Report of the Indian Hemp Drugs Commission, 1894-1895 - Volume VII
Year: 1894
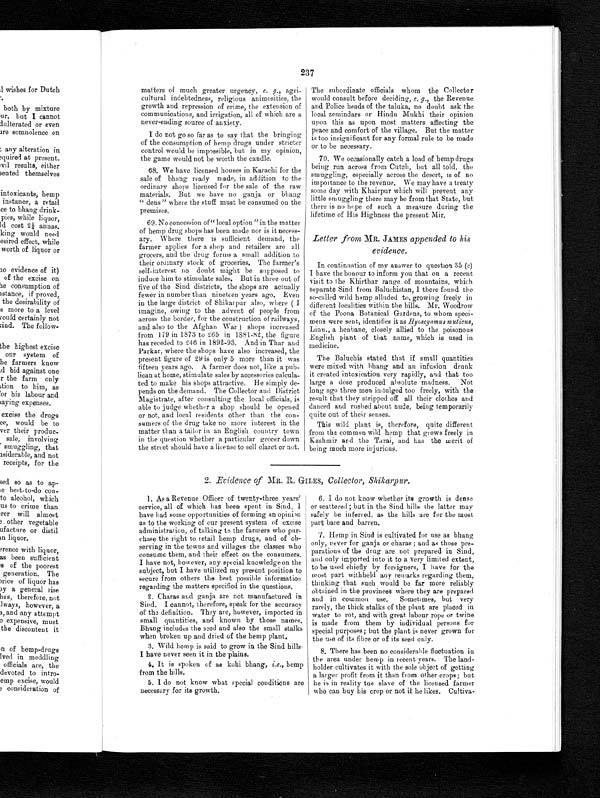
237
•
m a t t e r s o f m u c h g r e a t e r u r g e n c y e . g . , a g r i c u l t u r a l i n d e b t e d n e s s , r e l i g i o u s a n i m o s i t i e s , t h e
growth and repression of crime, the extension of
communications, and irrigation, all of which are a
never-ending source of anxiety.
I do not go so far as to say that the bringing
of the consumption of hemp drugs under stricter
control would be impossible, but in my opinion,
the game would not be worth the candle.
68. We have licensed houses in Karachi for the
sale of bhang ready made, in addition to the
ordinary shops licensed for the sale of the raw
materials. But we have no ganja or bhang
" dens" where the stuff must be consumed on the
premises.
69. No concession of" local option "in the matter
of hemp drug shops has been made nor is it necess-
ary. Where there is sufficient demand, the
farmer applies for a shop and retailers are all
grocers, and the drug forms a small addition to
their ordinary stock of groceries. The farmer's
self-interest no doubt might be supposed to
induce him to stimulate sales. But in three out of
five of the Sind districts, the shops are actually
fewer in number than nineteen years ago. Even
in the large district of Shikarpur also, where ( J
imagine, owing to the advent of people from
across the border, for the construction of railways,
and also to the Afghan War ) shops increased
from 179 in 1873 to 265 in 1881-82, the figure
has receded to 246 in 1892-93. And in Thar and
Parkar, where the shops have also increased, the
present figure of 29 is only 5 more than it was
fifteen years ago. A farmer does not, like a pub-
lican at home, stimulate sales by accessories calcula-
ted to make his shops attractive. He simply de-
pends on the demand. The Collector and District
Magistrate, after consulting the local officials, is
able to judge whether a shop should be opened
or not, and local residents other than the con-
sumers of the drug take no more interest in the
matter than a tailor in an English country town
in the question whether a particular grocer down
the street should have a license to sell claret or not.
The subordinate officials whom the Collector would consult before deciding, e. g., the Revenue
and Police beads of the taluka, no doubt ask the
local zemindars or Hindu Mukhi their opinion
upon this as upon most matters affecting the
peace and comfort of the village. But the matter
is too insignificant for any formal rule to be made
or to be necessary.
70. We occasionally catch a load of hemp drugs
being run across from Cutch, but all told, the
smuggling, especially across the desert, is of no
importance to the revenue. We may have a treaty
some day with Khairpur which will prevent any
little smuggling there may be from that State, but
there is no hope of such a measure during the
lifetime of His Highness the present Mir.
Letter from MR. JAMES appended to his
evidence.
In continuation of my answer to question 35 (c)
I have the honour to inform you that on a recent
v isit to the Khirthar range of mountains, which
separate Sind from Baluchistan, I there found the
so-called wild hemp alluded to. growing freely in
different localities within the hills. Mr. Woodrow
of the Poona Botanical Gardens, to whom speci-
mens were sent, identifies it as Hyoscyamus muticus,
Linn., a henbane, closely allied to the poisonous
English plant of that name, which is used in
medicine.
The Baluchis stated that if small quantities
were mixed with bhang and an infusion drunk
it created intoxication very rapidly, and that too
large a dose produced absolute madness. Not
long ago three men indulged too freely, with the
result that they stripped off all their clothes and
danced and rushed about nude, being temporarily
quite out of their senses.
This wild plant is, therefore, quite different
from the common wild hemp that grows freely in
Kashmir and the Tarai, and has the merit of
being much more injuricus.
2. Evidence of MR. R. GILES, Collector, Shikarpur.
1. As a Revenue Officer of twenty-three years'
service, all of which has been spent in Sind, I
have had some opportunities of forming an opinion
as to the working of our present system of excise
administration, of talking to the farmers who pur-
chase the right to retail hemp drugs, and of ob-
serving in the towns and villages the classes who
consume them, and their effect on the consumers.
I have not, however, any special knowledge on the
subject, but I have utilized my present position to
secure from others the best possible information
regarding the matters specified in the questions.
2. Charas and ganja are not manufactured in
Sind. I cannot, therefore, speak for the accuracy
of the definition. They are, however, imported in
small quantities, and known by those names.
Bhang includes the seed and also the small stalks
when broken up and dried of the hemp plant.
3. Wild hemp is said to grow in the Sind hills,
I have never seen it in the plains.
4. It is spoken of as kohi bhang, i.e., hemp
from the hills.
5. I do not know what special conditions are
necessary for its growth.
6. I do not know whether its growth is dense
or scattered ; but in the Sind hills the latter may
safely be inferred, as the hills are for the most
part bare and barren.
7 . Hemp in Sind is cultivated for use as bhang
only, never for ganja or charas ; and as those pre-
parations of the drug are not prepared in Sind,
and only imported into it to a very limited extent,
to be used chiefly by foreigners, I have for the
most part withheld any remarks regarding them,
thinking that such would be far more reliably
obtained in the provinces where they are prepared
and in common use. Sometimes, but very
rarely, the thick stalks of the plant are placed in
water to rot, and with great. labour rope or twine
is made from them by individual persons for
special purposes; but the plant is never grown for
the use of its fibre or of its seed only.
8. There has been no considerable fluctuation in
the area under hemp in recent years. The land-
holder cultivates it with the sole object of getting
a larger profit from it than from other crops; but
he is in reality the slave of the licensed farmer
who can buy his crop or not if he likes. Cultiva-